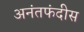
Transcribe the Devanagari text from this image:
अनंतफंदीस